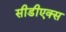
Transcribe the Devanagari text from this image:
सीडीएक्स